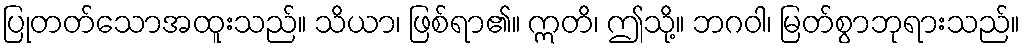
ပြုတတ်သောအထူးသည်။ သိယာ၊ ဖြစ်ရာ၏။ ဣတိ၊ ဤသို့။ ဘဂဝါ၊ မြတ်စွာဘုရားသည်။